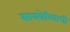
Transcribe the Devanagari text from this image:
सायबेरियाची